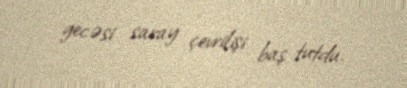
gecəsi saray çevrilişi baş tutdu.